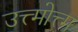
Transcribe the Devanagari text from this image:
उत्त्मोत्त्म